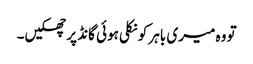
تو وہ میری باہر کو نکلی ہوئی گانڈ پر جھکیں۔